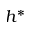
h ^ { * }